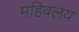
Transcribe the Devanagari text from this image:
महिवलय